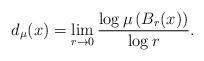
LaTeX: \begin{align*}d _\mu (x) =\lim _{r \rightarrow 0} \frac{\log \mu \left( B _r (x) \right)}{\log r} .\end{align*}